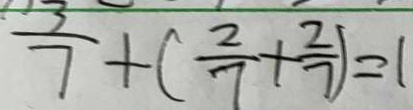
\frac { 3 } { 7 } + ( \frac { 2 } { 7 } + \frac { 2 } { 7 } ) = 1